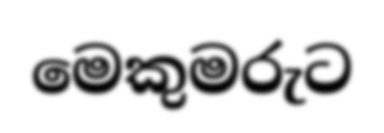
මෙකුමරුට